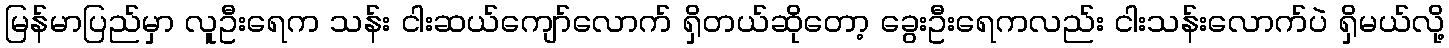
မြန်မာပြည်မှာ လူဦးရေက သန်း ငါးဆယ်ကျော်လောက် ရှိတယ်ဆိုတော့ ခွေးဦးရေကလည်း ငါးသန်းလောက်ပဲ ရှိမယ်လို့